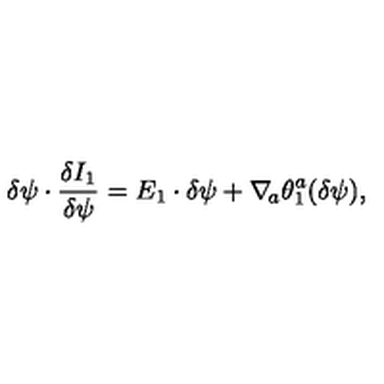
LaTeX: \delta \psi \cdot { \frac { \delta I _ { 1 } } { \delta \psi } } = E _ { 1 } \cdot \delta \psi + \nabla _ { \! a } \theta _ { 1 } ^ { a } ( \delta \psi ) ,